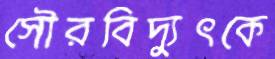
সৌরবিদ্যুৎকে